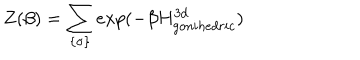
LaTeX: Z ( \beta ) = \sum _ { \{ \sigma \} } e x p ( - \beta H _ { g o n i h e d r i c } ^ { 3 d } )